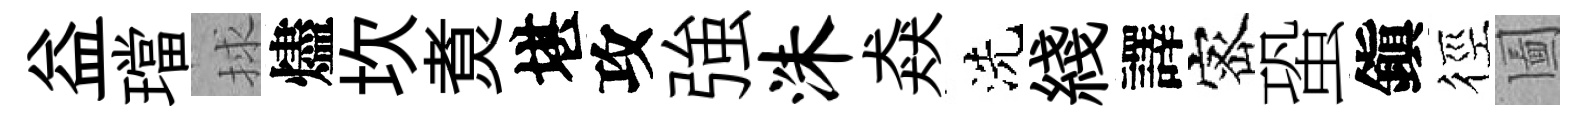
益璫捄燼坎煑堪攻強洙猋洗綫譯宻蛩鎭徑圗